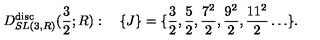
D _ { S L ( 3 , R ) } ^ { \mathrm { d i s c } } ( { \frac { 3 } { 2 } } ; R ) : \quad \{ J \} = \{ { \frac { 3 } { 2 } } , { \frac { 5 } { 2 } } , { \frac { 7 ^ { 2 } } { 2 } } , { \frac { 9 ^ { 2 } } { 2 } } , { \frac { 1 1 ^ { 2 } } { 2 } } \ldots \} .